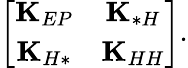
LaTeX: \left[\begin{array}{cc}{\mathbf{K}_{EP}}&{\mathbf{K}_{*H}}\\ {\mathbf{K}_{H*}}&{\mathbf{K}_{HH}}\end{array}\right].